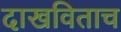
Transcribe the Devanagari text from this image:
दाखविताच